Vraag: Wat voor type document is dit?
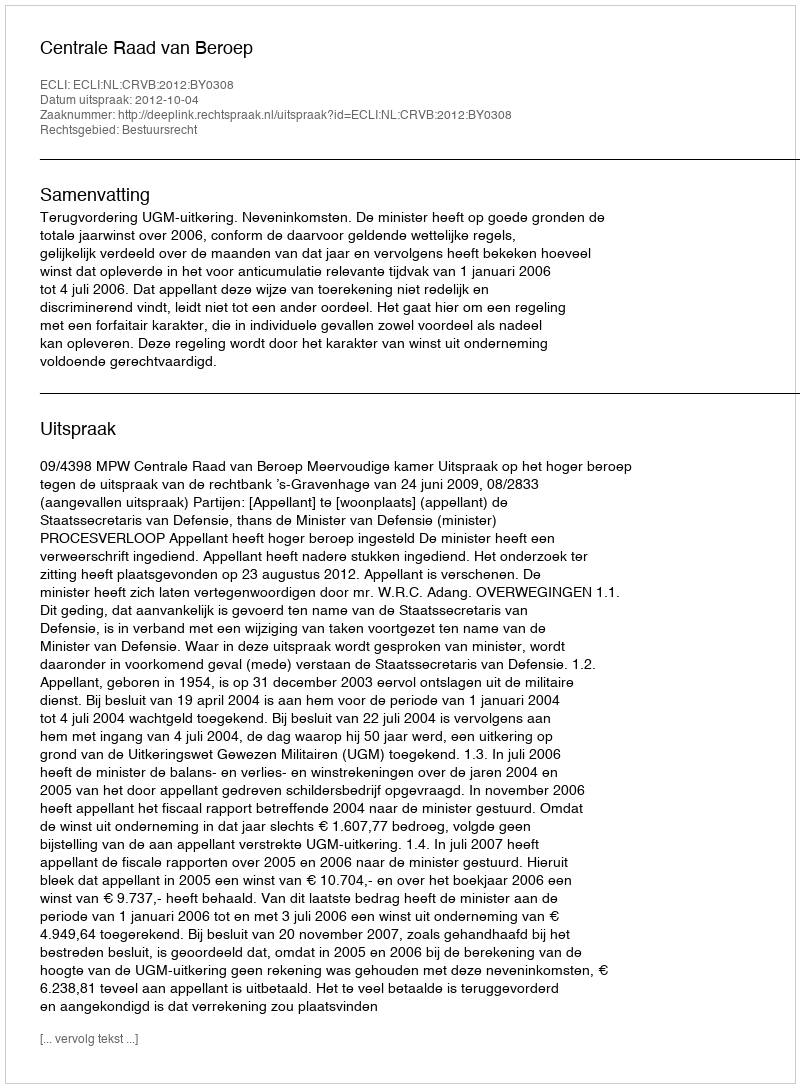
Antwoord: Uitspraak